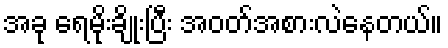
အခု ရေမိုးချိုးပြီး အဝတ်အစားလဲနေတယ်။